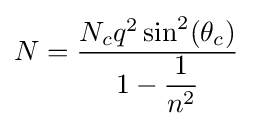
N={\dfrac {N_{c}q^{2}\sin ^{2}(\theta _{c})}{1-{\dfrac {1}{n^{2}}}}}